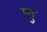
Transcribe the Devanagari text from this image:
म्तु